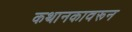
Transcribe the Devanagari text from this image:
कथानकावरून